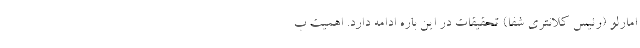
امارلو (رئیس کلانتری شفا) تحقیقات در این باره ادامه دارد. اهمیت ب